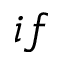
i f